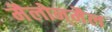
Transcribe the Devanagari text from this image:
मैलोन्‌मैल